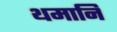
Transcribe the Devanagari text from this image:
थमानि